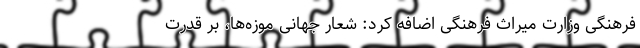
فرهنگی وزارت میراث فرهنگی اضافه کرد: شعار جهانی موزه‌ها، بر قدرت